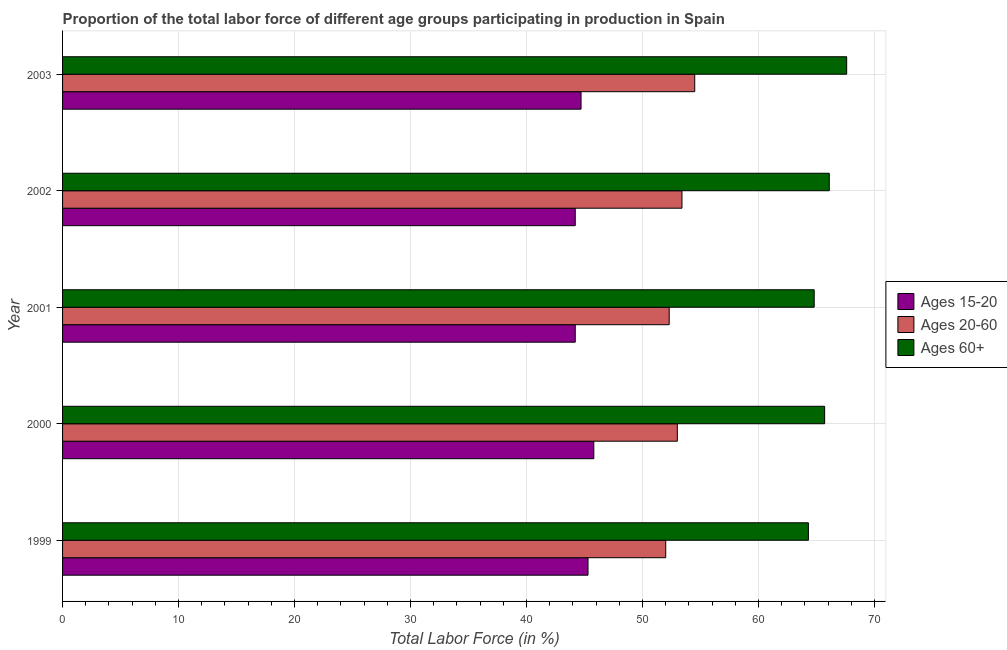
| Year | Ages 15-20 | Ages 20-60 | Ages 60+ |
 | --- | --- | --- | --- |
 | 1999 | 45.3 | 52 | 64.3 |
 | 2000 | 45.8 | 53 | 65.7 |
 | 2001 | 44.2 | 52.3 | 64.8 |
 | 2002 | 44.2 | 53.4 | 66.1 |
 | 2003 | 44.7 | 54.5 | 67.6 |